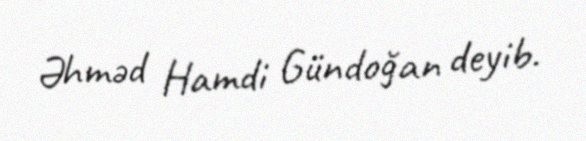
Əhməd Hamdi Gündoğan deyib.